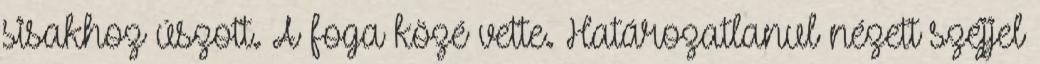
sisakhoz úszott. A foga közé vette. Határozatlanul nézett széjjel